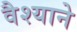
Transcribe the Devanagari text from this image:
वैश्याने